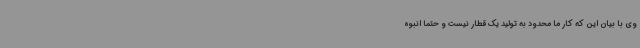
وی با بیان این که کار ما محدود به تولید یک قطار نیست و حتما انبوه